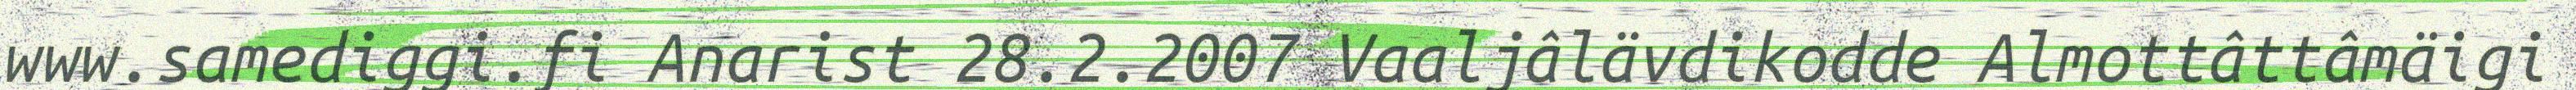
www.samediggi.fi Anarist 28.2.2007 Vaaljâlävdikodde Almottâttâmäigi